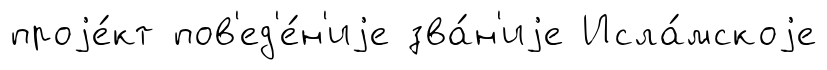
проjе́кт пов'ед'е́н'иjе зва́н'иjе Исла́мскоjе